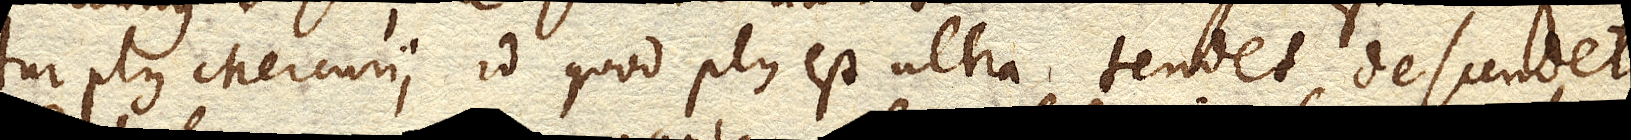
tur plus Mercurii id quod plus est ultra tendet descendetque